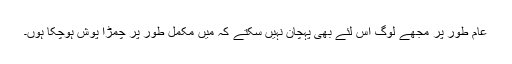
عام طور پر مجھے لوگ اس لئے بھی پہچان نہیں سکتے کہ میں مکمل طور پر چمڑا پوش ہوچکا ہوں۔